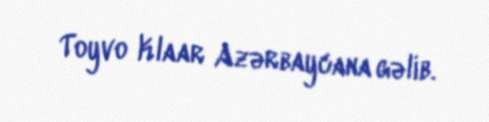
Toyvo Klaar Azərbaycana gəlib.